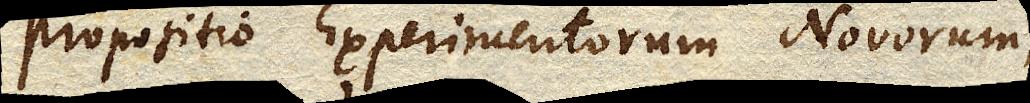
Propositio Experimentorum Novorum,